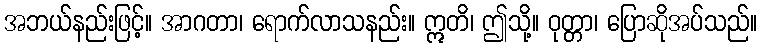
အဘယ်နည်းဖြင့်။ အာဂတာ၊ ရောက်လာသနည်း။ ဣတိ၊ ဤသို့။ ဝုတ္တာ၊ ပြောဆိုအပ်သည်။